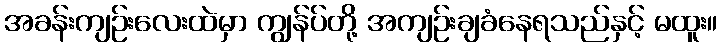
အခန်းကျဉ်းလေးထဲမှာ ကျွန်ပ်တို့ အကျဉ်းချခံနေရသည်နှင့် မထူး။